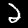
Label: 2